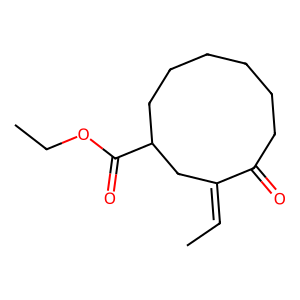
SMILES: CC=C1CC(C(=O)OCC)CCCCCCC1=O
Inhibits HIV replication: No